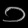
Digit: ၁